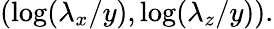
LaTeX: (\log(\lambda_{x}/y),\log(\lambda_{z}/y)).